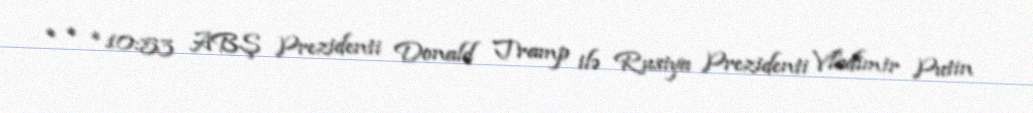
* * *10:53 ABŞ Prezidenti Donald Tramp ilə Rusiya Prezidenti Vladimir Putin